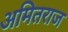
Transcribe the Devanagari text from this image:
अमितराज